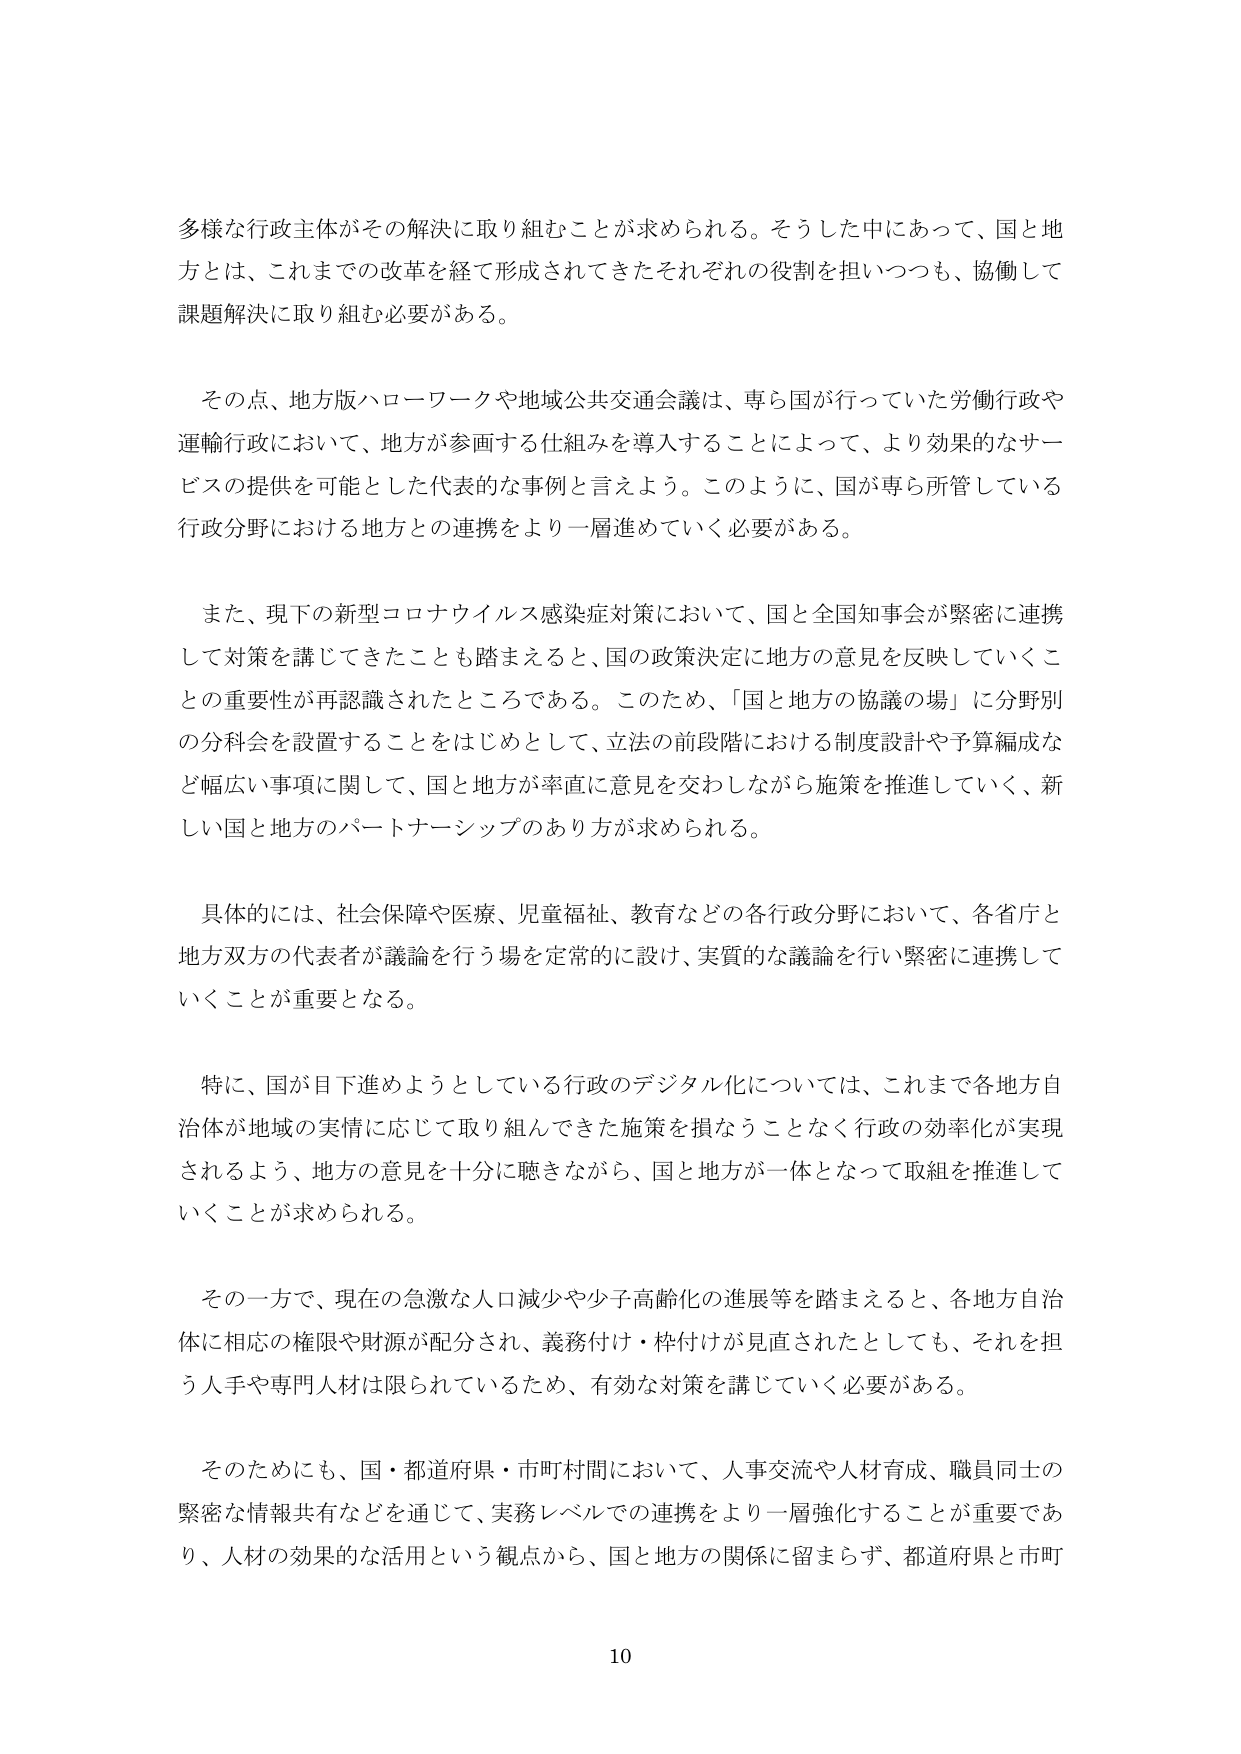
多様な行政主体がその解決に取り組むことが求められる。そうした中にあって、国と地方とは、これまでの改革を経て形成されてきたそれぞれの役割を担いつつも、協働して課題解決に取り組む必要がある。

その点、地方版ハローワークや地域公共交通会議は、専ら国が行っていた労働行政や運輸行政において、地方が参画する仕組みを導入することによって、より効果的なサービスの提供を可能とした代表的な事例と言えよう。このように、国が専ら所管している行政分野における地方との連携をより一層進めていく必要がある。

また、現下の新型コロナウイルス感染症対策において、国と全国知事会が緊密に連携して対策を講じてきたことも踏まえると、国の政策決定に地方の意見を反映していくことの重要性が再認識されたところである。このため、「国と地方の協議の場」に分野別の分科会を設置することをはじめとして、立法の前段階における制度設計や予算編成など幅広い事項に関して、国と地方が率直に意見を交わしながら施策を推進していく、新しい国と地方のパートナーシップのあり方が求められる。

具体的には、社会保障や医療、児童福祉、教育などの各行政分野において、各省庁と地方双方の代表者が議論を行う場を定常的に設け、実質的な議論を行い緊密に連携していくことが重要となる。

特に、国が目下進めようとしている行政のデジタル化については、これまで各地方自治体が地域の実情に応じて取り組んできた施策を損なうことなく行政の効率化が実現されるよう、地方の意見を十分に聴きながら、国と地方が一体となって取組を推進していくことが求められる。

その一方で、現在の急激な人口減少や少子高齢化の進展等を踏まえると、各地方自治体に相応の権限や財源が配分され、義務付け・枠付けが見直されたとしても、それを担う人手や専門人材は限られているため、有効な対策を講じていく必要がある。

そのためにも、国・都道府県・市町村間において、人事交流や人材育成、職員同士の緊密な情報共有などを通じて、実務レベルでの連携をより一層強化することが重要であり、人材の効果的な活用という観点から、国と地方の関係に留まらず、都道府県と市町

10